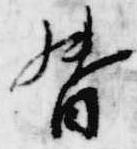
督